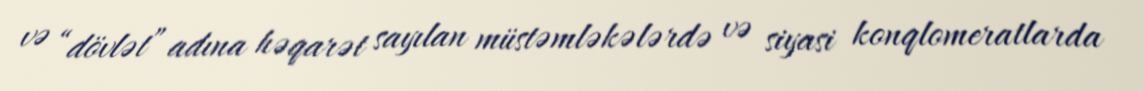
və “dövlət” adına həqarət sayılan müstəmləkələrdə və siyasi konqlomeratlarda